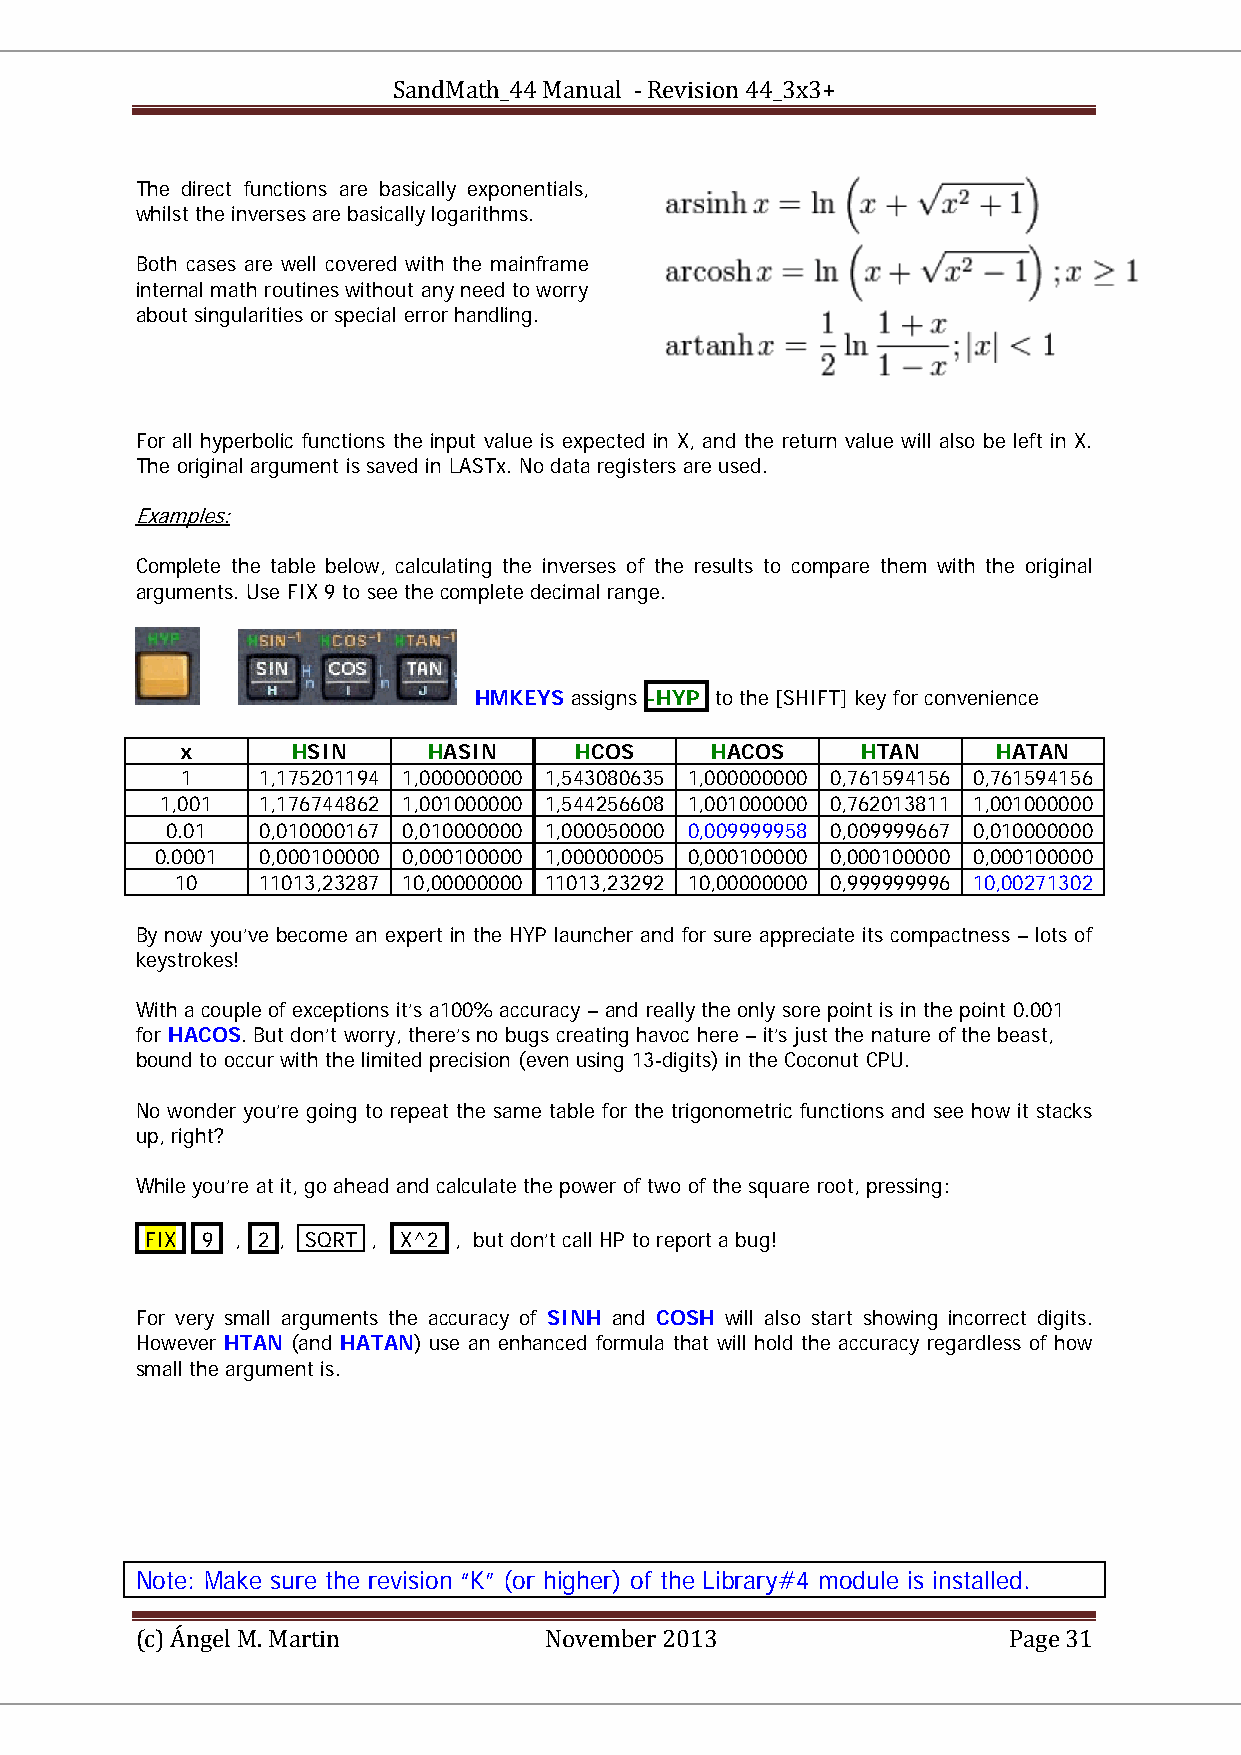
SandMath_44 Manual - Revision 44_3x3+
 The direct functions are basically exponentials,
 whilst the inverses are basically logarithms.
 Both cases are well covered with the mainframe
 internal math routines without any need to worry
 about singularities or special error handling.
 For all hyperbolic functions the input value is expected in X, and the return value will also be left in X.
 The original argument is saved in LASTx. No data registers are used.
 Examples:
 UU
 Complete the table below, calculating the inverses of the results to compare them with the original
 arguments. Use FIX 9 to see the complete decimal range.
 HMKEYS assigns -HYP to the [SHIFT] key for convenience
 x      HSIN     HASIN     HCOS     HACOS     HTAN     HATAN
 1    1,175201194 1,000000000 1,543080635 1,000000000 0,761594156 0,761594156
 1,001 1,176744862 1,001000000 1,544256608 1,001000000 0,762013811 1,001000000
 0.01  0,010000167 0,010000000 1,000050000 0,009999958 0,009999667 0,010000000
 0.0001 0,000100000 0,000100000 1,000000005 0,000100000 0,000100000 0,000100000
 10   11013,23287 10,00000000 11013,23292 10,00000000 0,999999996 10,00271302
 By now you’ve become an expert in the HYP launcher and for sure appreciate its compactness – lots of
 keystrokes!
 With a couple of exceptions it’s a100% accuracy – and really the only sore point is in the point 0.001
 for HACOS. But don’t worry, there’s no bugs creating havoc here – it’s just the nature of the beast,
 bound to occur with the limited precision (even using 13-digits) in the Coconut CPU.
 No wonder you’re going to repeat the same table for the trigonometric functions and see how it stacks
 up, right?
 While you’re at it, go ahead and calculate the power of two of the square root, pressing:
 FIX 9 , 2 , SQRT , X^2 , but don’t call HP to report a bug!
 For very small arguments the accuracy of SINH and COSH will also start showing incorrect digits.
 However HTAN (and HATAN) use an enhanced formula that will hold the accuracy regardless of how
 small the argument is.
 Note: Make sure the revision “K” (or higher) of the Library#4 module is installed.
 (c) Ángel M. Martin        November 2013                  Page 31